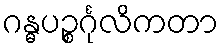
ဂန္ဓပဉ္စင်္ဂုလိကတာ